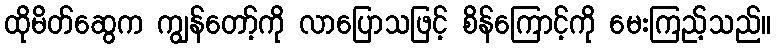
ထိုမိတ်ဆွေက ကျွန်တော့်ကို လာပြောသဖြင့် စိန်ကြောင့်ကို မေးကြည့်သည်။